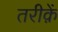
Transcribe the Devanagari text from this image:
तरीक़ें